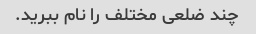
چند ضلعی مختلف را نام ببرید.